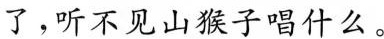
了，听不见山猴子唱什么。